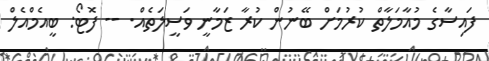
ފައިސާގެ މުއާމަލާތް ކުރުމަށް ބޭނުން ކުރާ ޒަމާނީ ވަސީލަތެއް. -- ފޮޓޯ: ބީއެމްއެލް